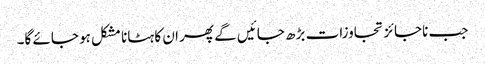
جب ناجائز تجاوزات بڑھ جائیں گے پھر ان کا ہٹانا مشکل ہو جائے گا۔